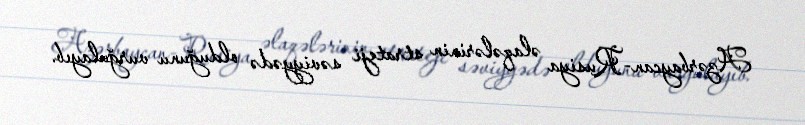
Azərbaycan-Rusiya əlaqələrinin strateji səviyyədə olduğunu vurğulayıb.